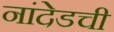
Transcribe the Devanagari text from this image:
नांदेडची